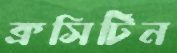
ক্রসিটিন